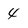
Character: 4